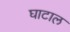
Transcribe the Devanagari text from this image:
घाटाल